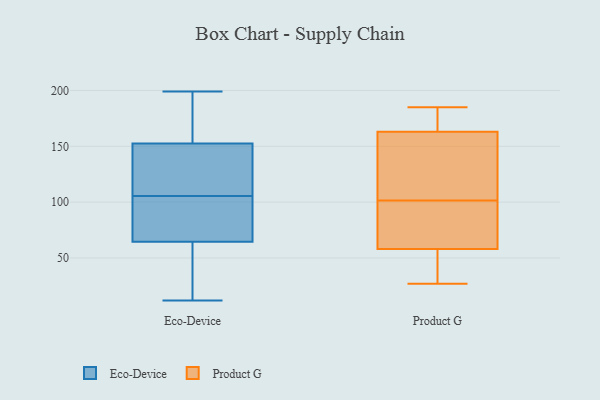
{"axis": {"x": "Waste Production (Tons)", "y": "Value"}, "legend": ["Eco-Device", "Product G"], "data": [{"x": "", "y": 63, "type": "Eco-Device"}, {"x": "", "y": 23, "type": "Eco-Device"}, {"x": "", "y": 70, "type": "Eco-Device"}, {"x": "", "y": 170, "type": "Eco-Device"}, {"x": "", "y": 101, "type": "Eco-Device"}, {"x": "", "y": 155, "type": "Eco-Device"}, {"x": "", "y": 156, "type": "Eco-Device"}, {"x": "", "y": 116, "type": "Eco-Device"}, {"x": "", "y": 139, "type": "Eco-Device"}, {"x": "", "y": 121, "type": "Eco-Device"}, {"x": "", "y": 110, "type": "Eco-Device"}, {"x": "", "y": 66, "type": "Eco-Device"}, {"x": "", "y": 94, "type": "Eco-Device"}, {"x": "", "y": 16, "type": "Eco-Device"}, {"x": "", "y": 81, "type": "Eco-Device"}, {"x": "", "y": 152, "type": "Eco-Device"}, {"x": "", "y": 153, "type": "Eco-Device"}, {"x": "", "y": 199, "type": "Eco-Device"}, {"x": "", "y": 50, "type": "Eco-Device"}, {"x": "", "y": 12, "type": "Eco-Device"}, {"x": "", "y": 163, "type": "Product G"}, {"x": "", "y": 27, "type": "Product G"}, {"x": "", "y": 110, "type": "Product G"}, {"x": "", "y": 58, "type": "Product G"}, {"x": "", "y": 163, "type": "Product G"}, {"x": "", "y": 44, "type": "Product G"}, {"x": "", "y": 170, "type": "Product G"}, {"x": "", "y": 98, "type": "Product G"}, {"x": "", "y": 168, "type": "Product G"}, {"x": "", "y": 99, "type": "Product G"}, {"x": "", "y": 58, "type": "Product G"}, {"x": "", "y": 121, "type": "Product G"}, {"x": "", "y": 185, "type": "Product G"}, {"x": "", "y": 80, "type": "Product G"}, {"x": "", "y": 104, "type": "Product G"}, {"x": "", "y": 114, "type": "Product G"}, {"x": "", "y": 55, "type": "Product G"}, {"x": "", "y": 47, "type": "Product G"}]}